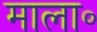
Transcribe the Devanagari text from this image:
माला॰